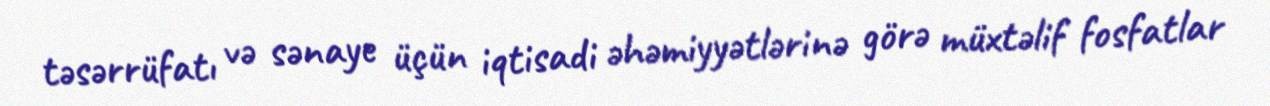
təsərrüfatı və sənaye üçün iqtisadi əhəmiyyətlərinə görə müxtəlif fosfatlar